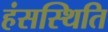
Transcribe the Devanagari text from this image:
हंसस्थिति